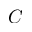
C